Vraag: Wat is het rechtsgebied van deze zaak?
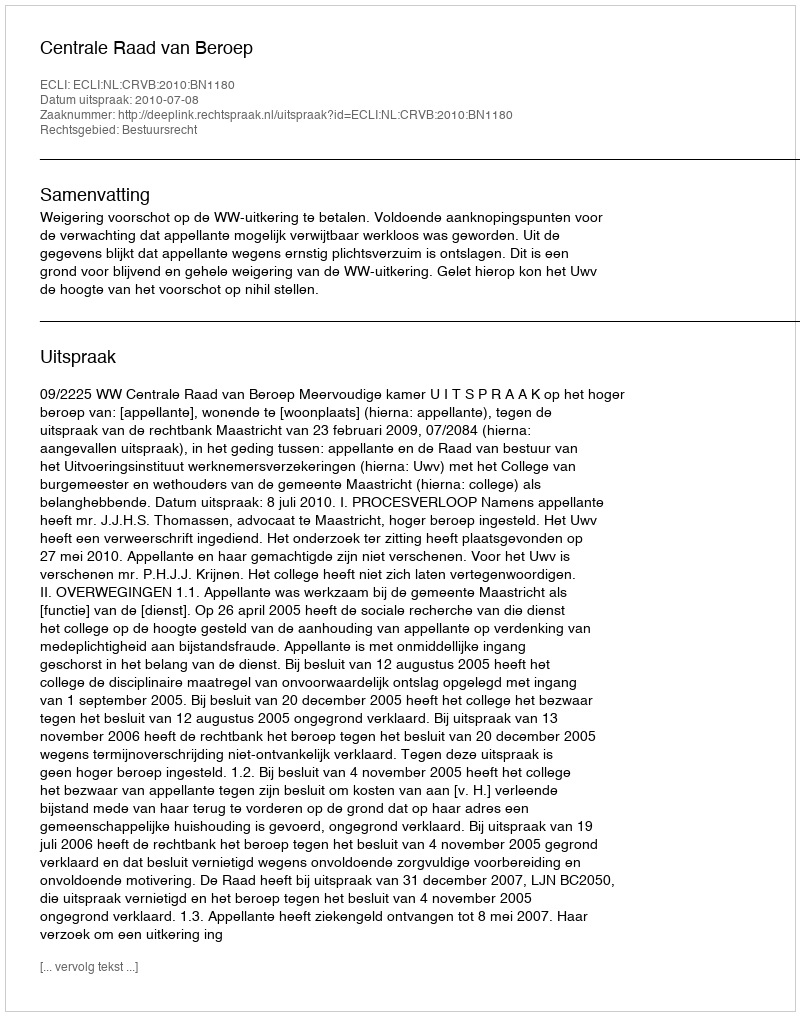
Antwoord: Bestuursrecht